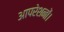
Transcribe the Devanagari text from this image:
आपरेशनों।